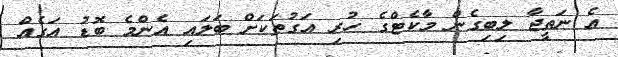
އެ ނަތީޖާ ލިބިގެން މާކެޓްގެ ހުރި އަގުތަކަށް ބަލައި އެންމެ ބޮޑު އަގެއް